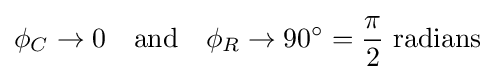
\phi _{C}\to 0\quad {\mbox{and}}\quad \phi _{R}\to 90^{\circ }={\frac {\pi }{2}}{\mbox{ radians}}